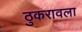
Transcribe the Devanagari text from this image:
ठुकरावला